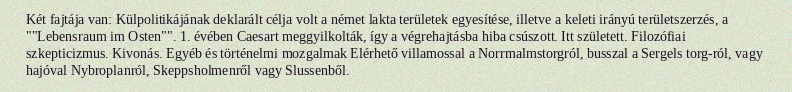
Két fajtája van: Külpolitikájának deklarált célja volt a német lakta területek egyesítése, illetve a keleti irányú területszerzés, a ""Lebensraum im Osten"". 1. évében Caesart meggyilkolták, így a végrehajtásba hiba csúszott. Itt született. Filozófiai szkepticizmus. Kivonás. Egyéb és történelmi mozgalmak Elérhető villamossal a Norrmalmstorgról, busszal a Sergels torg-ról, vagy hajóval Nybroplanról, Skeppsholmenről vagy Slussenből.